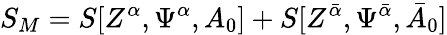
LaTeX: S_{M}=S[Z^{\alpha},\Psi^{\alpha},A_{0}]+S[Z^{{\bar{\alpha}}},\Psi^{{\bar{\alpha}}},{\bar{A}}_{0}]